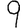
Digit: 9